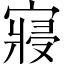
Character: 寢